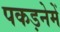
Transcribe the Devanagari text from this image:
पकड़नेमें